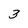
Character: 3